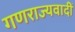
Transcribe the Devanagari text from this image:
गणराज्यवादीं